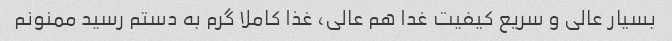
بسیار عالی و سریع کیفیت غدا هم عالی، غذا کاملا گرم به دستم رسید ممنونم